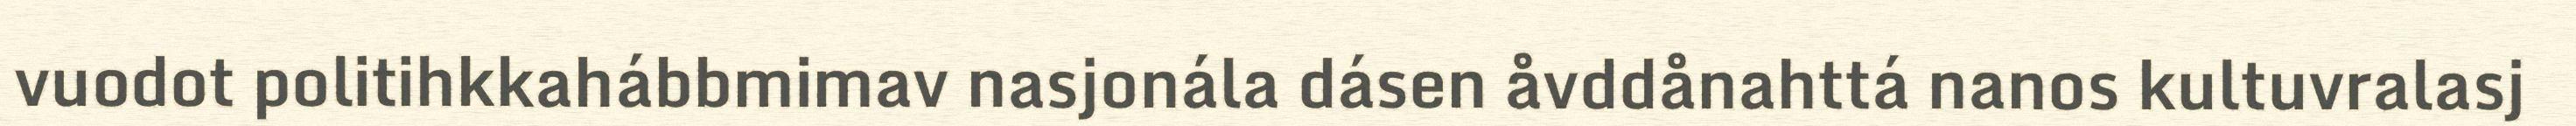
vuodot politihkkahábbmimav nasjonála dásen åvddånahttá nanos kultuvralasj